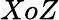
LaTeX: XoZ